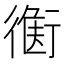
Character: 𧗻